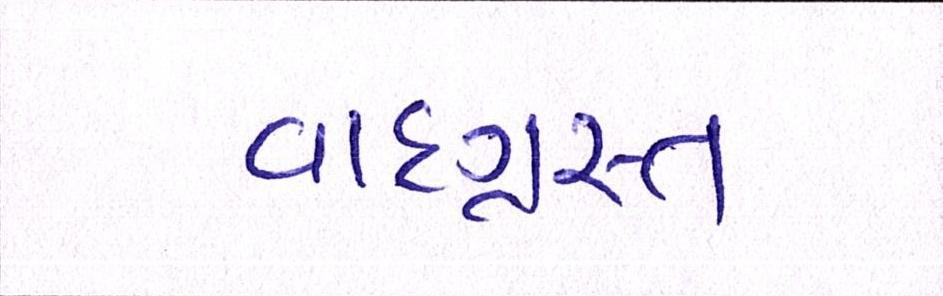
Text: વાદગ્રસ્ત